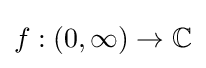
f:(0,\infty )\to \mathbb {C}